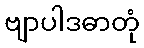
ဗျာပါဒဓာတုံ